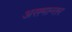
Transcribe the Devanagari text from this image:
असमान्तर